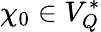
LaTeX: \chi_{0}\in V_{Q}^{*}